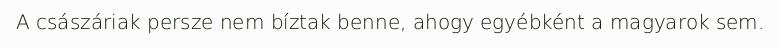
A császáriak persze nem bíztak benne, ahogy egyébként a magyarok sem.